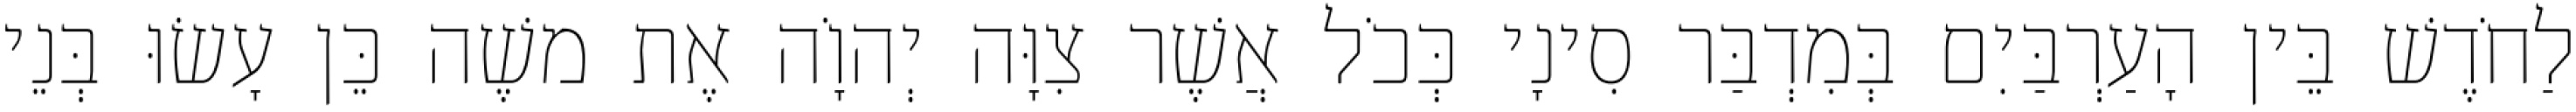
לַחֹדֶשׁ בֵּין הָעַרְבַּיִם בְּמִדְבַּר סִינָי כְּכֹל אֲשֶׁר צִוָּה יְהוָֹה אֶת משֶׁה כֵּן עָשׂוּ בְּנֵי